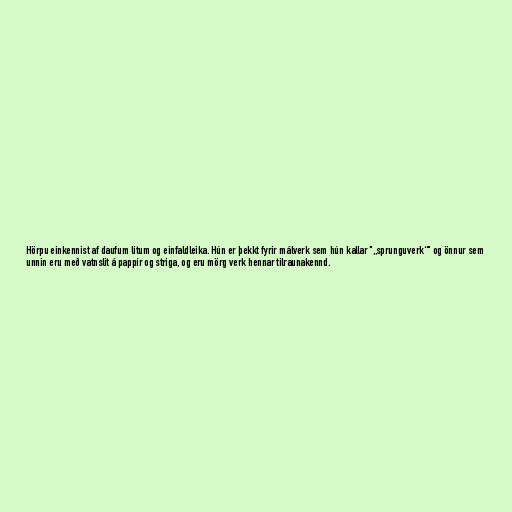
Hörpu einkennist af daufum litum og einfaldleika. Hún er þekkt fyrir málverk sem hún kallar "„sprunguverk“" og önnur sem
unnin eru með vatnslit á pappír og striga, og eru mörg verk hennar tilraunakennd.